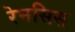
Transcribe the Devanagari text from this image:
रेनसिस